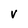
Character: v